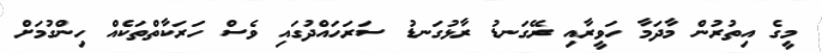
މީގެ އިތުރުން މާދަމާ ހަވީރާއި ރޭގަނޑު ރާޅުގަނޑު ސަރަހައްދުގައި ވެސް ހަރަކާތްތަކެއް ހިންގުމަށް